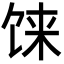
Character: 𩠄